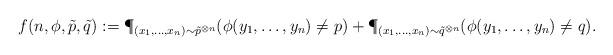
LaTeX: \begin{align*}f(n, \phi, \tilde{p}, \tilde{q}) := \P_{(x_1,\dots,x_n) \sim \tilde{p}^{\otimes n}}( \phi(y_1,\dots,y_n) \ne p) + \P_{(x_1,\dots,x_n) \sim \tilde{q}^{\otimes n}}( \phi(y_1,\dots,y_n) \ne q).\end{align*}